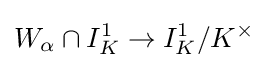
W_{\alpha }\cap I_{K}^{1}\to I_{K}^{1}/K^{\times }